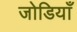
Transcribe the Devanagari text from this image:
जोडियाँ